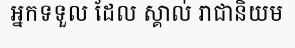
អ្នកទទួល ដែល ស្គាល់ រាជានិយម